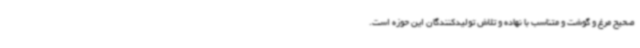
صحیح مرغ و گوشت و متناسب با نهاده و تلاش تولیدکنندگان این حوزه است.